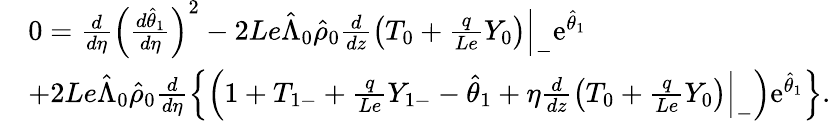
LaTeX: \begin{array}{rl}&{0=\frac{d}{d\eta}\left(\frac{d\hat{\theta}_{1}}{d\eta}\right)^{2}-2Le\hat{\Lambda}_{0}\hat{\rho}_{0}\frac{d}{dz}\left({T}_{0}+\frac{q}{Le}{Y}_{0}\right)\Big|_{-}\mathrm{e}^{\hat{\theta}_{1}}}\\ &{+2Le\hat{\Lambda}_{0}\hat{\rho}_{0}\frac{d}{d\eta}\left\{ \left(1+{T}_{1-}+\frac{q}{Le}{Y}_{1-}-\hat{\theta}_{1}+\eta\frac{d}{dz}\left({T}_{0}+\frac{q}{Le}{Y}_{0}\right)\Big|_{-}\right)\mathrm{e}^{\hat{\theta}_{1}}\right\} .}\end{array}